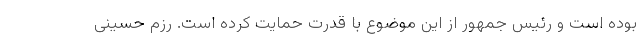
بوده است و رئیس جمهور از این موضوع با قدرت حمایت کرده است. رزم حسینی